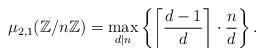
LaTeX: \begin{align*} \mu_{2, 1}(\mathbb{Z}/n\mathbb{Z}) = \max_{d | n} \left\{ \left\lceil \frac{d-1}{d} \right\rceil \cdot \frac{n}{d} \right\}. \end{align*}